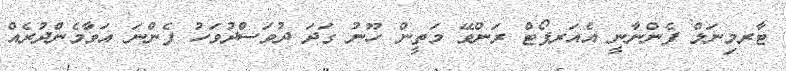
ޓާރމިނަލް ފެންނާނީ އެއަރޕޯޓް ރަންވޭ މަތީން ހޫނު ގަދަ ދުވަސްދުވަހު ފެންނަ އަވާމެންދުރެއް